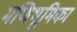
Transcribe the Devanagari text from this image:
मणिभूमिका